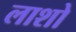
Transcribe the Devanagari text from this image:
लाशो